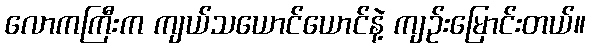
လောကကြီးက ကျယ်သယောင်ယောင်နဲ့ ကျဉ်းမြောင်းတယ်။